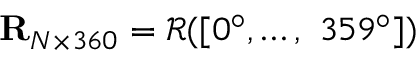
\mathbf { R } _ { N \times 3 6 0 } = \mathcal { R } ( [ 0 ^ { \circ } , \dotsc , \ 3 5 9 ^ { \circ } ] )